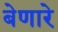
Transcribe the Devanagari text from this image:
बेणारे